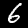
Label: 6